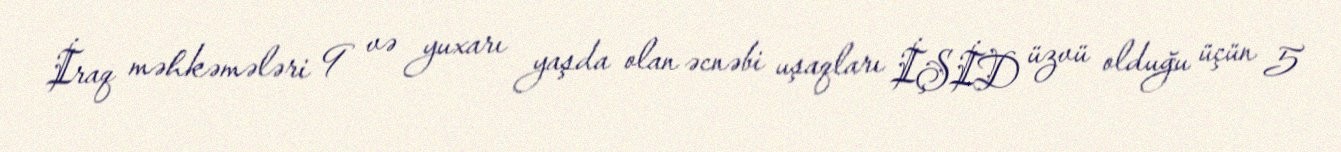
İraq məhkəmələri 9 və yuxarı yaşda olan əcnəbi uşaqları İŞİD üzvü olduğu üçün 5